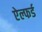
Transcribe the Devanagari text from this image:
ऐल्फर्ड